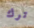
ترك